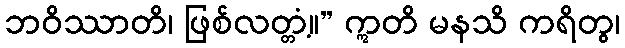
ဘဝိဿာတိ၊ ဖြစ်လတ္တံ့။” ဣတိ မနသိ ကရိတွ၊